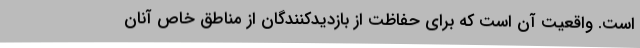
است. واقعیت آن است که برای حفاظت از بازدیدکنندگان از مناطق خاص آنان